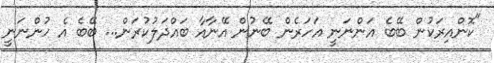
"ކޮންއިރަކުން ބޭބެ އަންނަނީ އަހަރެން ބޭނުން އޭނާއާ ބައްދަލުކުރަން... ބޭބެ އެ ހުންނަނީ